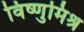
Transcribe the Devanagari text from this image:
विष्णुमिश्र